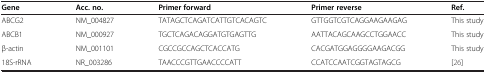
<table><thead><tr><td><b>Gene</b></td><td><b>Acc. no.</b></td><td><b>Primer forward</b></td><td><b>Primer reverse</b></td><td><b>Ref.</b></td></tr></thead><tbody><tr><td>ABCG2</td><td>NM_004827</td><td>TATAGCTCAGATCATTGTCACAGTC</td><td>GTTGGTCGTCAGGAAGAAGAG</td><td>This study</td></tr><tr><td>ABCB1</td><td>NM_000927</td><td>TGCTCAGACAGGATGTGAGTTG</td><td>AATTACAGCAAGCCTGGAACC</td><td>This study</td></tr><tr><td>β-actin</td><td>NM_001101</td><td>CGCCGCCAGCTCACCATG</td><td>CACGATGGAGGGGAAGACGG</td><td>This study</td></tr><tr><td>18S-rRNA</td><td>NR_003286</td><td>TAACCCGTTGAACCCCATT</td><td>CCATCCAATCGGTAGTAGCG</td><td>[26]</td></tr></tbody></table>